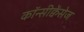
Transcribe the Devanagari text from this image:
कॉन्सीक्वेंसेज